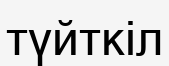
түйткіл